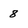
Character: 8